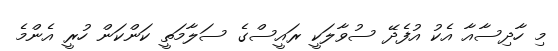
މި ހާދިސާއާ އެކު އުފެދޭ ސުވާލަކީ ރައީސްގެ ސަލާމަތީ ކަންކަން ހުރީ އެންމެ